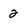
Character: 2